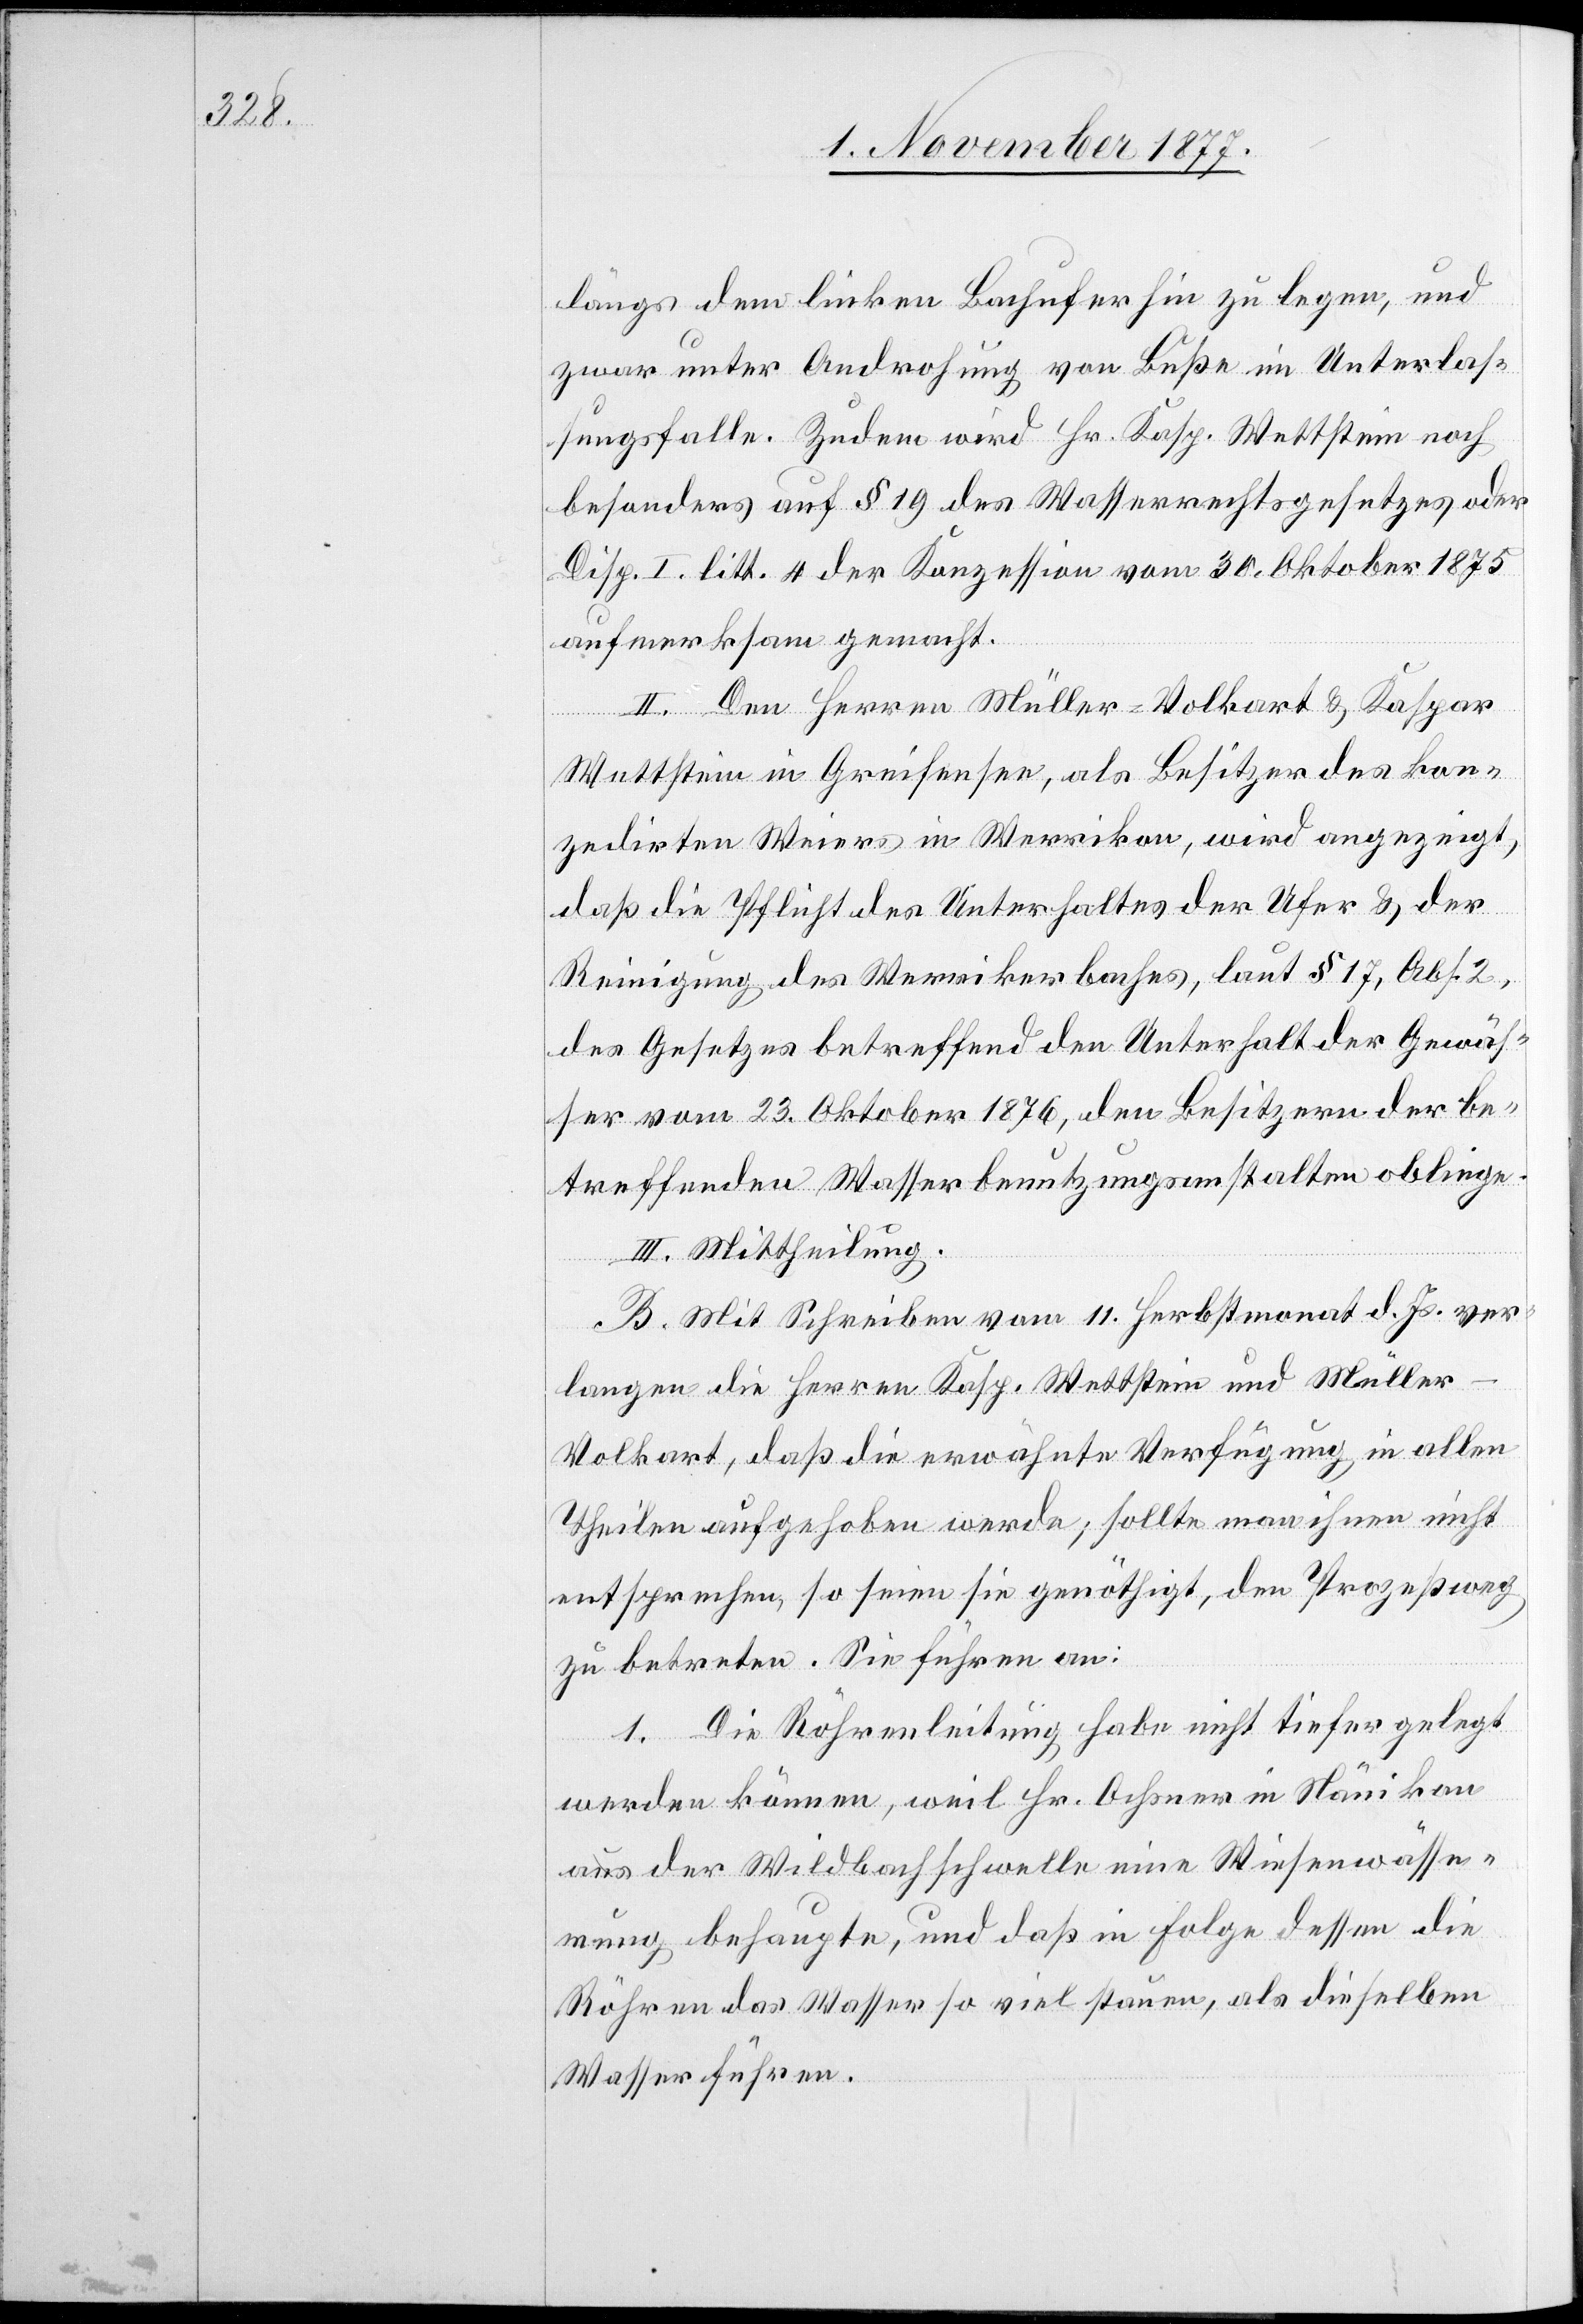
längs dem linken Bachufer hin zu legen, und
zwar unter Androhung von Buße im Unterlas¬
sungsfalle. Zudem wird Hr. Kasp. Wettstein noch
besonders auf § 19 des Wasserrechtsgesetzes oder
Disp. I. litt. 4 der Konzession vom 30. Oktober 1875
aufmerksam gemacht.
II. Den Herren Müller-Volkart & Kaspar
Wettstein in Greifensee, als Besitzer des kon¬
zedirten Weiers in Werrikon, wird angezeigt,
daß die Pflicht des Unterhaltes der Ufer & der
Reinigung des Werrikerbaches, laut § 17, Abs. 2,
des Gesetzes betreffend den Unterhalt der Gewäs¬
ser vom 23. Oktober 1876, den Besitzern der be¬
treffenden Wasserbenutzungsanstalten obliege.
III. Mittheilung.
B. Mit Schreiben vom 11. Herbstmonat d. Js. ver¬
langen die Herren Kasp. Wettstein und Müller-V¬
olkart, daß die erwähnte Verfügung in allen
Theilen aufgehoben werde; sollte man ihnen nicht
entsprechen, so seien sie genöthigt, den Prozeßweg
zu betreten. Sie führen an:
1. Die Röhrenleitung habe nicht tiefer gelegt
werden können, weil Hr. Ochsner in Nänikon
aus der Wildbachschwelle eine Wiesenwässe¬
rung behaupte, und daß in Folge dessen die
Röhren das Wasser so viel stauen, als dieselben
Wasser führen.